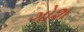
ગોશ